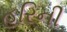
હરિની